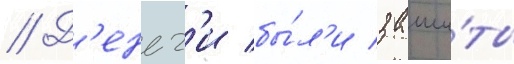
// Д'еньг'и бы́л'и заши́ты